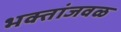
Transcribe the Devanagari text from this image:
भक्तांजवळ